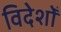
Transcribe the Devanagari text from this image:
विदेशोँ